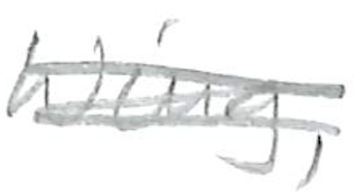
Text: Wing,
Cross-out: scratch
Writing tool: pencil